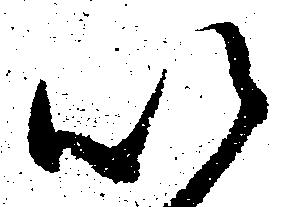
以